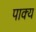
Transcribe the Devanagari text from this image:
पाक्य